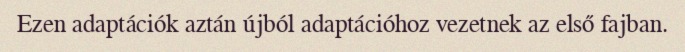
Ezen adaptációk aztán újból adaptációhoz vezetnek az első fajban.